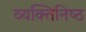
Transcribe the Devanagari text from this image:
व्यक्‍तिनिष्‍ठ